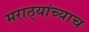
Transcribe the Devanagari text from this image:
मराठ्यांच्याच